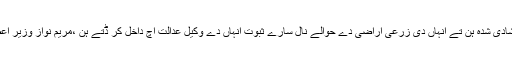
انہاںآکھیا جو مریم نواز شادی شدہ ہن تے انہاں دی زرعی اراضی دے حوالے نال سارے ثبوت انہاں دے وکیل عدالت اچ داخل کر ڈتے ہن ،مریم نواز وزیر اعظم دے زیر کفالت کائنی۔